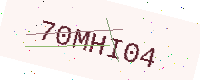
Text: 70MHI04